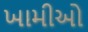
ખામીઓ